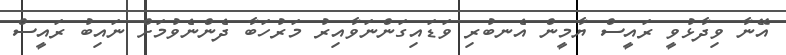
އޭނާ ވިދާޅުވީ ރައީސް ޔާމީން އެނބުރި ވަޑައިގަންނަވާއިރު މަރުހަބާ ދެންނެވުމަށް ނައިބު ރައީސް